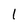
Character: 1